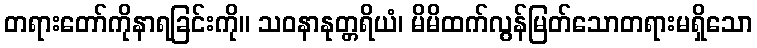
တရားတော်ကိုနာရခြင်းကို။ သဝနာနုတ္တရိယံ၊ မိမိထက်လွန်မြတ်သောတရားမရှိသော